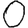
Digit: 0